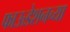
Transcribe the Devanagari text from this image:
फाऊडेशनच्या